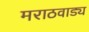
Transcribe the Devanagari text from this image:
मराठवाड्य